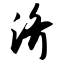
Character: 济